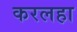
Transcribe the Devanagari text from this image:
करलहा